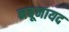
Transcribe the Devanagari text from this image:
नबूनायद